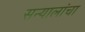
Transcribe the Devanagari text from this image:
सन्यालांचा